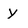
Character: Y